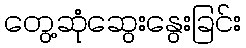
တွေ့ဆုံဆွေးနွေးခြင်း